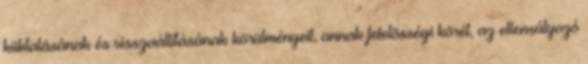
kiiktatásának és visszaállításának körülményeit, annak felelõsségi körét, az ellensúlyozó